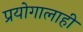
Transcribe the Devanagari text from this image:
प्रयोगालाही